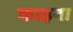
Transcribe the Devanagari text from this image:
काइना